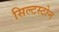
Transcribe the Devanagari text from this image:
सिल्टस्टोन